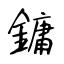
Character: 鏞